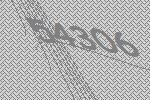
54306